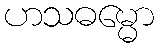
ဟသဓမ္မော